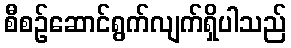
စီစဉ်ဆောင်ရွက်လျက်ရှိပါသည်